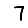
Digit: 7